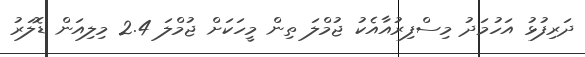
ދަރިފުޅު އަހުމަދު މިސްފިރުއާއެކު ޖުމްލަ ތިން މީހަކަށް ޖުމްލަ 2.4 މިލިއަން ޑޮލަރު